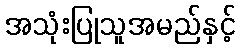
အသုံးပြုသူအမည်နှင့်